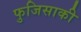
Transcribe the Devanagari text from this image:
फुजिसाकी